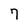
Character: 7